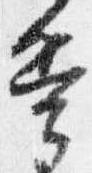
兵